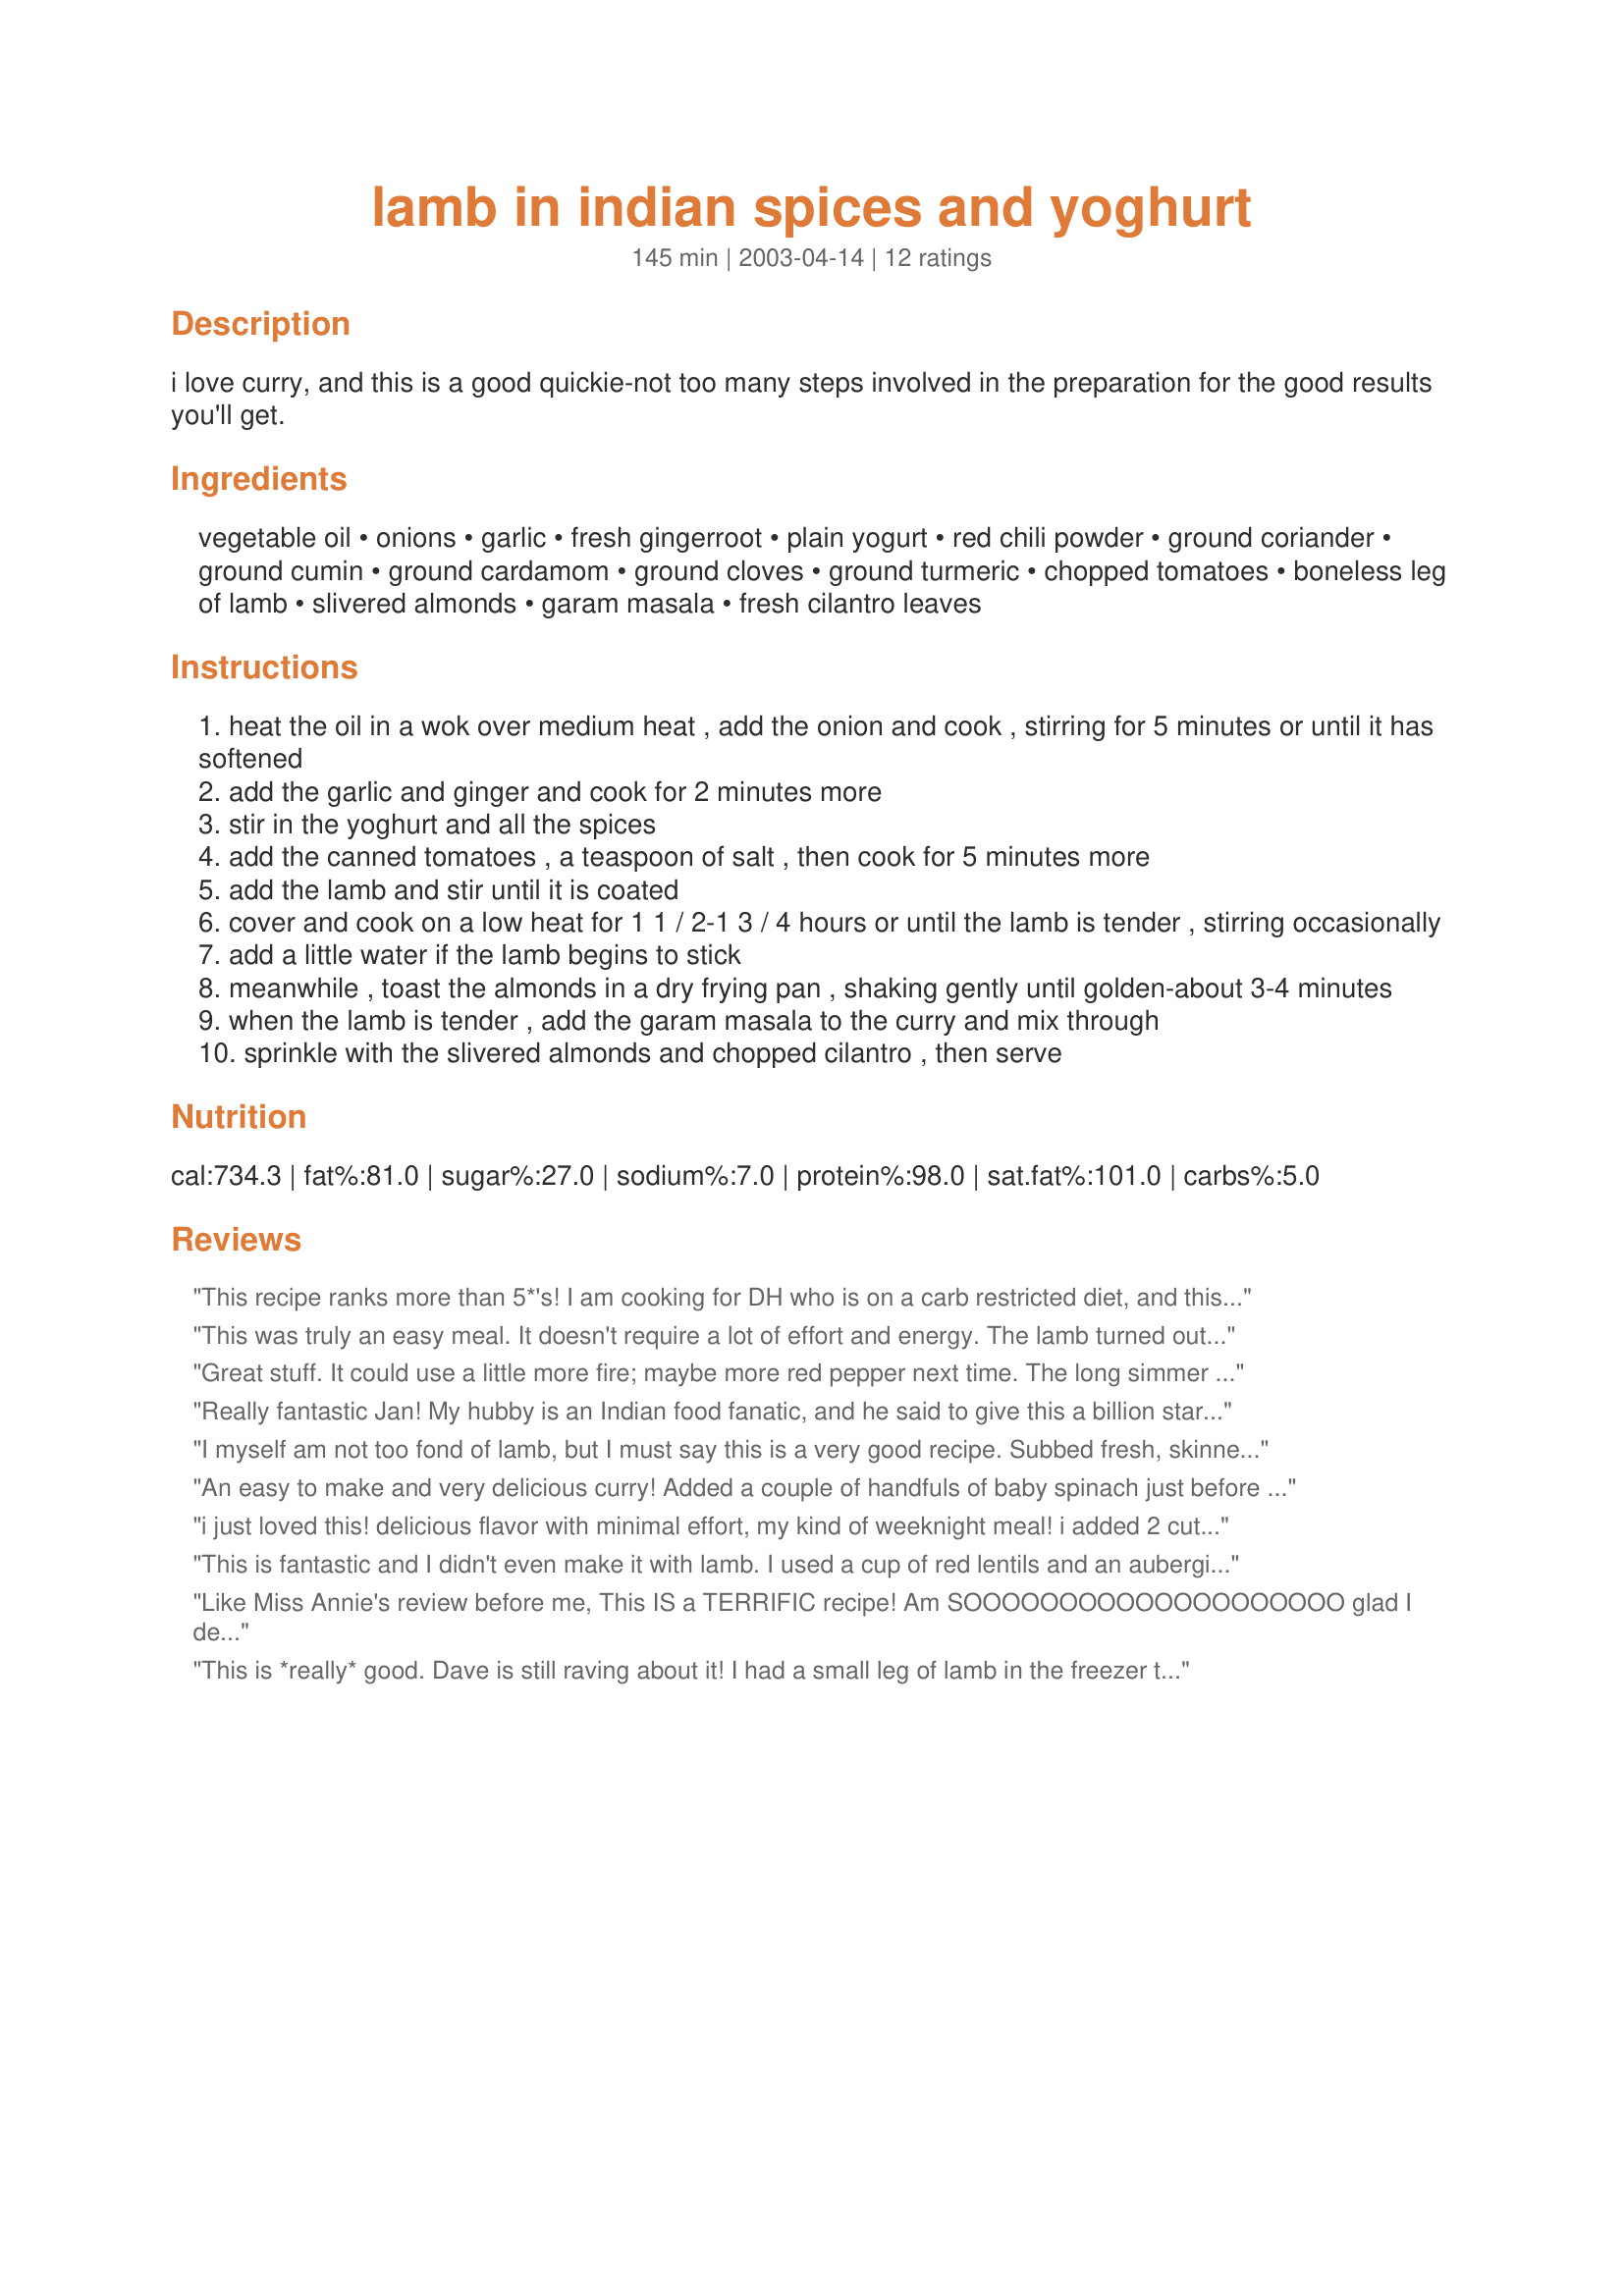
lamb in indian spices and yoghurt
Preparation time: 145 minutes

i love curry, and this is a good quickie-not too many steps involved in the preparation for the good results you'll get.

Ingredients:
vegetable oil, onions, garlic, fresh gingerroot, plain yogurt, red chili powder, ground coriander, ground cumin, ground cardamom, ground cloves, ground turmeric, chopped tomatoes, boneless leg of lamb, slivered almonds, garam masala, fresh cilantro leaves

Steps:
heat the oil in a wok over medium heat , add the onion and cook , stirring for 5 minutes or until it has softened
add the garlic and ginger and cook for 2 minutes more
stir in the yoghurt and all the spices
add the canned tomatoes , a teaspoon of salt , then cook for 5 minutes more
add the lamb and stir until it is coated
cover and cook on a low heat for 1 1 / 2-1 3 / 4 hours or until the lamb is tender , stirring occasionally
add a little water if the lamb begins to stick
meanwhile , toast the almonds in a dry frying pan , shaking gently until golden-about 3-4 minutes
when the lamb is tender , add the garam masala to the curry and mix through
sprinkle with the slivered almonds and chopped cilantro , then serve

Reviews:
This recipe ranks more than 5*'s! I am cooking for DH who is on a carb restricted diet, and this recipe fit his diet. Not only does this taste divine, it smells heavenly. We loved the subtle blending of the spices and the creaminess of the sauce. This is a dish that will definately be added to my t&t cookbook. Thanks, Jan for sharing your recipe.
This was truly an easy meal. It doesn't require a lot of effort and energy. The lamb turned out soft and tender. I added some carrots to the curry and the turned out really good. My husband and I loved it so much!! We served it with brown jasmine rice....yummmmmm!!!
Thanks for the recipe!
Great stuff. It could use a little more fire; maybe more red pepper next time. The long simmer time is key, I think, for all the spices to blend and mellow and all that. I used more water and more yogurt than the recipe called for, cuz it got dried out some.
Really fantastic Jan! My hubby is an Indian food fanatic, and he said to give this a billion stars. (As 'Zaar doesn't appear to have this rating, I've settled for 5). We both loved this for Sunday night dinner with potato parathas and some mango chutney - perfect! Thank you so much!
I myself am not too fond of lamb, but I must say this is a very good recipe. Subbed fresh, skinned tomatoes for the tinned ones (personal prefs). Since I like spicy food, I threw in some slit green chilis. Also, like another reviewer, I too added some cut up taters in the last half hour of cooking. Served with naan (Indian flat bread). Absolutely delicious. Will definitely make again. TY for a great recipe Jan!
An easy to make and very delicious curry! Added a couple of handfuls of baby spinach just before serving.
i just loved this! delicious flavor with minimal effort, my kind of weeknight meal! i added 2 cut up potatoes during the last half hour of cooking time, and served this with basmati rice. i loved the spice mix as well, thanks jan for another great lamb dish
This is fantastic and I didn't even make it with lamb. I used a cup of red lentils and an aubergine and it turned out a treat. It smelt delicious whilst it was cooking and it didn't disappoint on eating.This really tasted as though you had ordered it from an Indian restaurant. Thank you!
Like Miss Annie's review before me,
This IS a TERRIFIC recipe!
Am SOOOOOOOOOOOOOOOOOOOO glad I decided to try!
And LAMB today was my best buy!
Aromatic flavours to savour, can you smell it too?
Would invite you all to dinner, BUT WE SCOFFED UP THE LOT TOO! lol
THANKS!
This is *really* good. Dave is still raving about it! I had a small leg of lamb in the freezer that had been there a while and wanted to use it up but didn't feel like a roast. This was perfect, the flavour excellent and the meat extremely tender. Instead of almonds I used cashews as I had them on hand. Thanks Jan.
I made this for my hubby, who loves lamb and curries. I ended up baking it in the oven (my cooking pot was not big enough for the amount I was making). It turned out tender, and he liked it. The only thing it needed was a little heat, and I added hot sauce.
I will be making this again! It was soo good and really easy that you make it on a weeknight. I added a couple potatoes near the end and served it with basmati and garlic naan. Now looking back the second time I made this I forgot the garam masala at the end, but didn't notice. Thank you very much.
